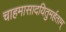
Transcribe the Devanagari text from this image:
चाहमासादयितुमर्हताम्‌